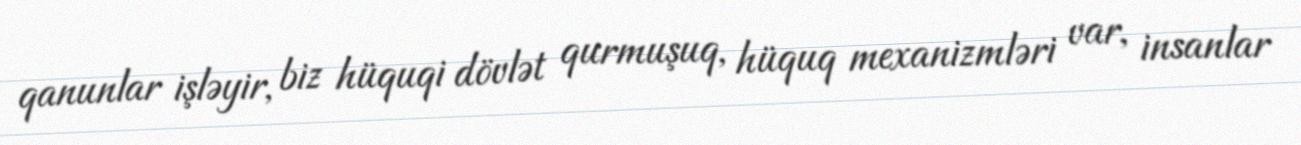
qanunlar işləyir, biz hüquqi dövlət qurmuşuq, hüquq mexanizmləri var, insanlar